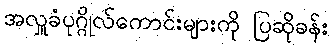
အလှူခံပုဂ္ဂိုလ်ကောင်းများကို ပြဆိုခန်း